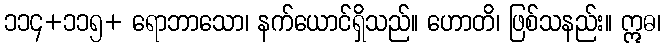
၁၁၄+၁၁၅+ ရောဘာသော၊ နက်ယောင်ရှိသည်။ ဟောတိ၊ ဖြစ်သနည်း။ ဣဓ၊